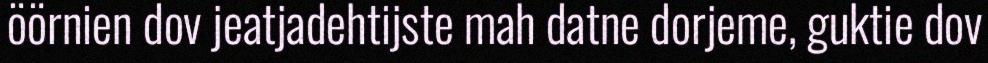
öörnien dov jeatjadehtijste mah datne dorjeme, guktie dov